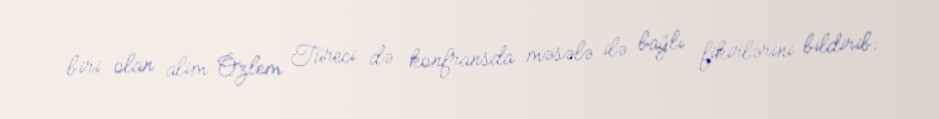
biri olan alim Özlem Türeci də konfransda məsələ ilə bağlı fikirlərini bildirib: